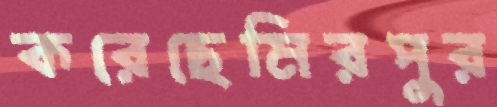
করেছেমিরপুর